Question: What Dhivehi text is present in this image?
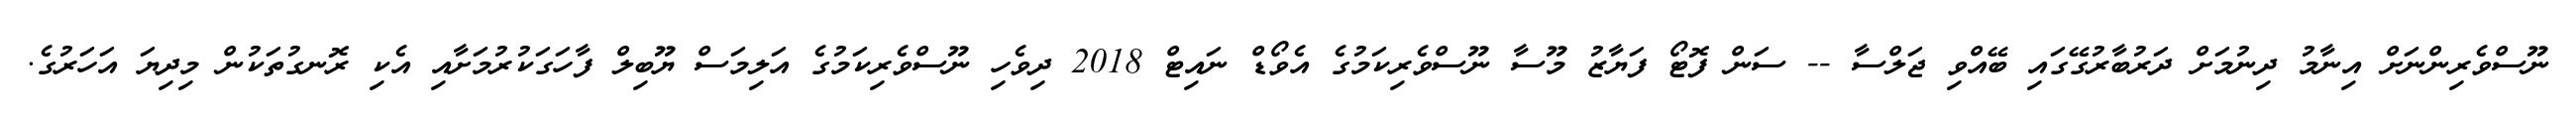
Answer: ނޫސްވެރިންނަށް އިނާމު ދިނުމަށް ދަރުބާރުގޭގައި ބޭއްވި ޖަލްސާ -- ސަން ފޮޓޯ ފަޔާޒު މޫސާ ނޫސްވެރިކަމުގެ އެވޯޑް ނައިޓް 2018 ދިވެހި ނޫސްވެރިކަމުގެ އަލިމަސް ޔޫބިލް ފާހަގަކުރުމަށާއި އެކި ރޮނގުތަކުން މިދިޔަ އަހަރުގެ.